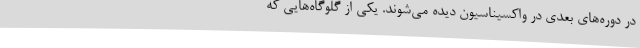
در دوره‌های بعدی در واکسیناسیون دیده می‌شوند. یکی از گلوگاه‌هایی که